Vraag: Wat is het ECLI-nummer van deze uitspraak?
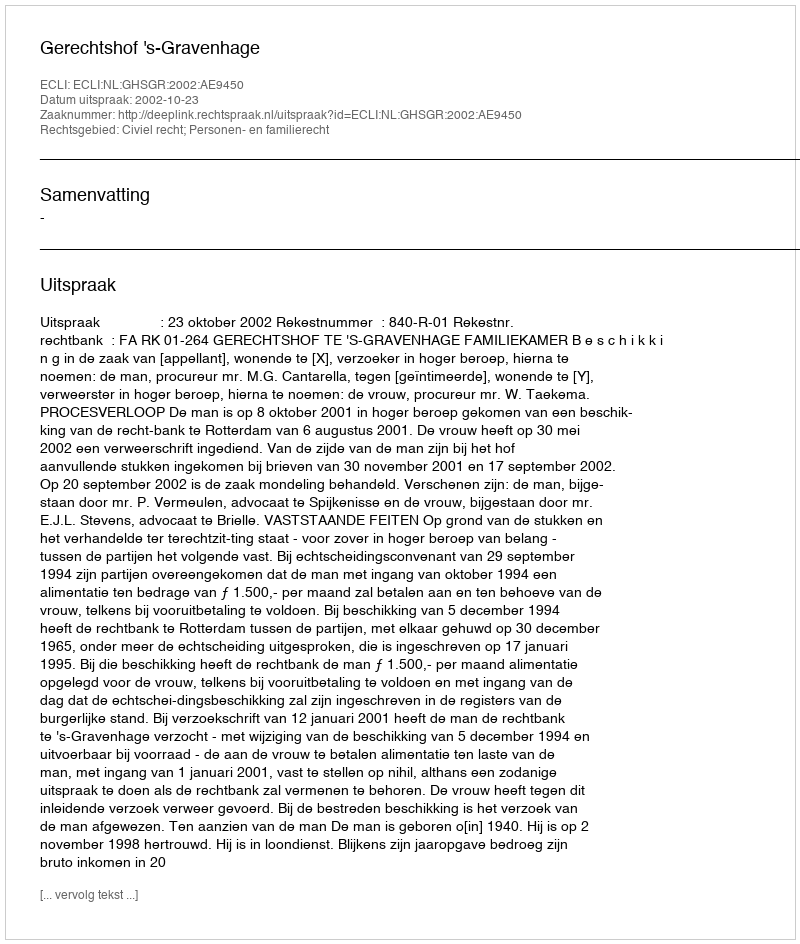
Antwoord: ECLI:NL:GHSGR:2002:AE9450